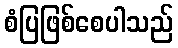
စံပြဖြစ်စေပါသည်